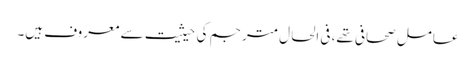
عامل صحافی تھے، فی الحال مترجم کی حیثیت سے معروف ہیں۔